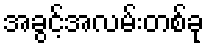
အခွင့်အလမ်းတစ်ခု